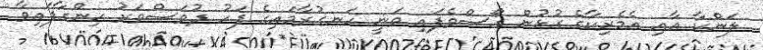
ލަންކާ އާއި އެމެރިކާގެ ގުޅުން ގޯސްވެފައި ވަނީ ހަނގުރާމައިގެ ފަހު ދުވަސްވަރު ހިންގާފައިވާ